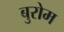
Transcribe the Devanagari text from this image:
बुरोम